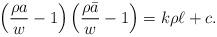
LaTeX: \begin{align*}\left(\frac{\rho a}{w}-1\right)\left(\frac{\rho\bar{a}}{w}-1\right)=k\rho\ell+c.\end{align*}